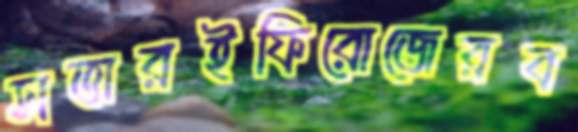
সত্তারইফিরোজেরব